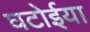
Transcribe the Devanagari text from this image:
घटोईया